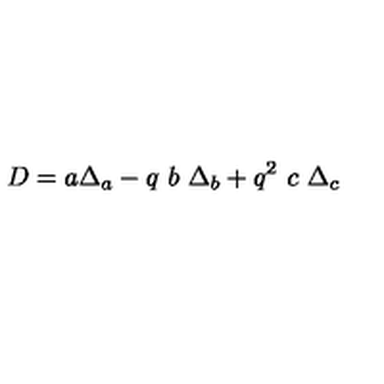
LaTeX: D = a \Delta _ { a } - q \ b \ \Delta _ { b } + q ^ { 2 } \ c \ \Delta _ { c }